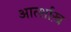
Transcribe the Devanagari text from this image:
आर्त्शाख़